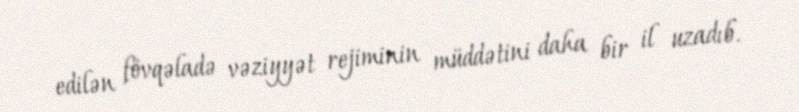
edilən fövqəladə vəziyyət rejiminin müddətini daha bir il uzadıb.